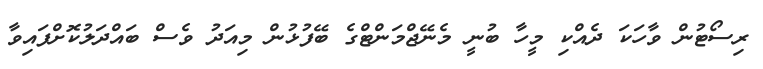
ރިސޯޓުން ވާހަކަ ދެއްކި މީހާ ބުނީ މެނޭޖްމަންޓްގެ ބޭފުޅުން މިއަދު ވެސް ބައްދަލުކޮށްފައިވާ